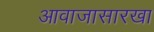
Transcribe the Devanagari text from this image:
आवाजासारखा